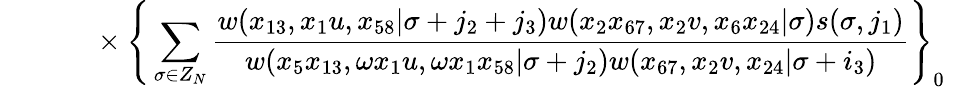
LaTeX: {}~~~~~~~~~~~~~\times\Bigg\{ \sum_{\sigma\in Z_{N}}\frac{w(x_{13},x_{1}u,x_{58}|\sigma+j_{2}+j_{3})w(x_{2}x_{67},x_{2}v,x_{6}x_{24}|\sigma)s(\sigma,j_{1})}{w(x_{5}x_{13},\omega x_{1}u,\omega x_{1}x_{58}|\sigma+j_{2})w(x_{67},x_{2}v,x_{24}|\sigma+i_{3})}\Bigg\} _{0}~~